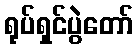
ရုပ်ရှင်ပွဲတော်